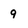
Character: 9